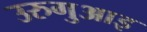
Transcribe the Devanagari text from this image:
उरुगुआइ